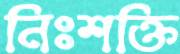
নিঃশক্তি